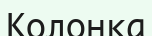
Колонка